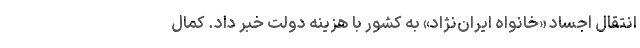
انتقال اجساد «خانواه ایران‌نژاد» به کشور با هزینه دولت خبر داد. کمال